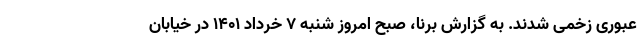
عبوری زخمی شدند. به گزارش برنا، صبح امروز شنبه ۷ خرداد 1401 در خیابان